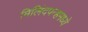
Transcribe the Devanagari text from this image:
मिलिंदपन्हमध्ये